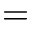
{ } = { }